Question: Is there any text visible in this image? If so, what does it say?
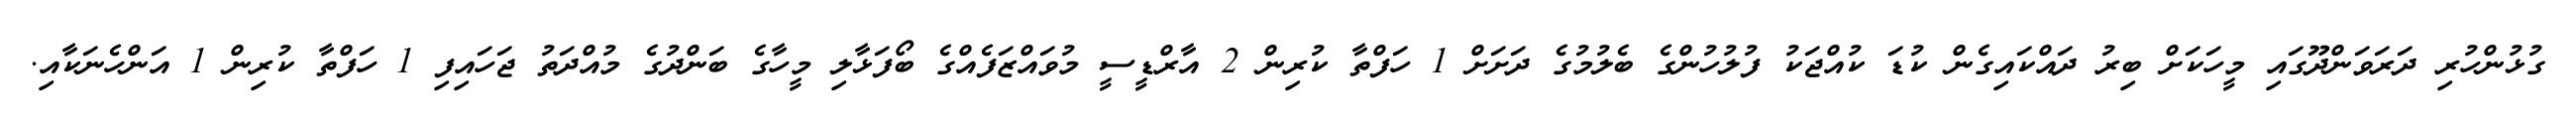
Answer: ގުޅުންހުރި ދަރަވަންދޫގައި މީހަކަށް ބިރު ދައްކައިގެން ކުޑަ ކުއްޖަކު ފުލުހުންގެ ބެލުމުގެ ދަށަށް 1 ހަފްތާ ކުރިން 2 އާރްޑީސީ މުވައްޒަފެއްގެ ބޯފަޅާލި މީހާގެ ބަންދުގެ މުއްދަތު ޖަހައިފި 1 ހަފްތާ ކުރިން 1 އަންހެނަކާއި.